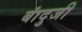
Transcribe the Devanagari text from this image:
बांदुजी